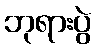
ဘုရားပွဲ